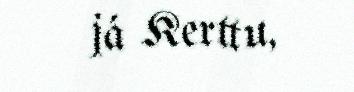
já Kerttu,